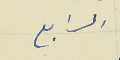
الرابع